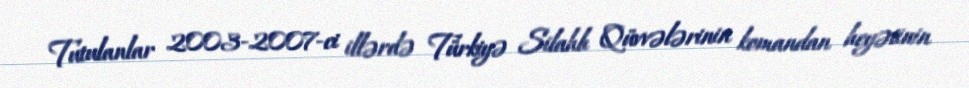
Tutulanlar 2003-2007-ci illərdə Türkiyə Silahlı Qüvvələrinin komandan heyətinin